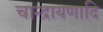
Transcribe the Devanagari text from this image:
चान्द्रायणादि